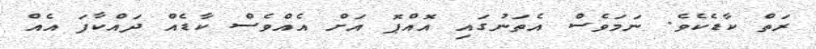
ރަތް ކާޑެކެވެ. ނަމަވެސް އެތަނުގައި އޮއްޕޮ އަށް އެއްވެސް ކާޑެއް ދައްކާފަ އެއް